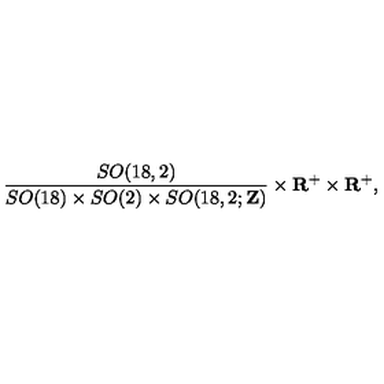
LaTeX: \frac { S O ( 1 8 , 2 ) } { S O ( 1 8 ) \times S O ( 2 ) \times S O ( 1 8 , 2 ; { \bf Z } ) } \times { \bf R } ^ { + } \times { \bf R } ^ { + } ,